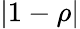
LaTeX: |1-\rho|